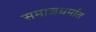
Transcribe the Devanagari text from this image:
समाजधर्मात